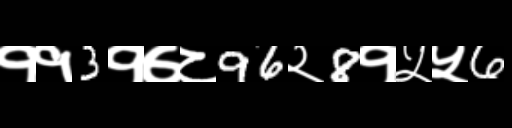
Text: ११3१७८96२8१५५6